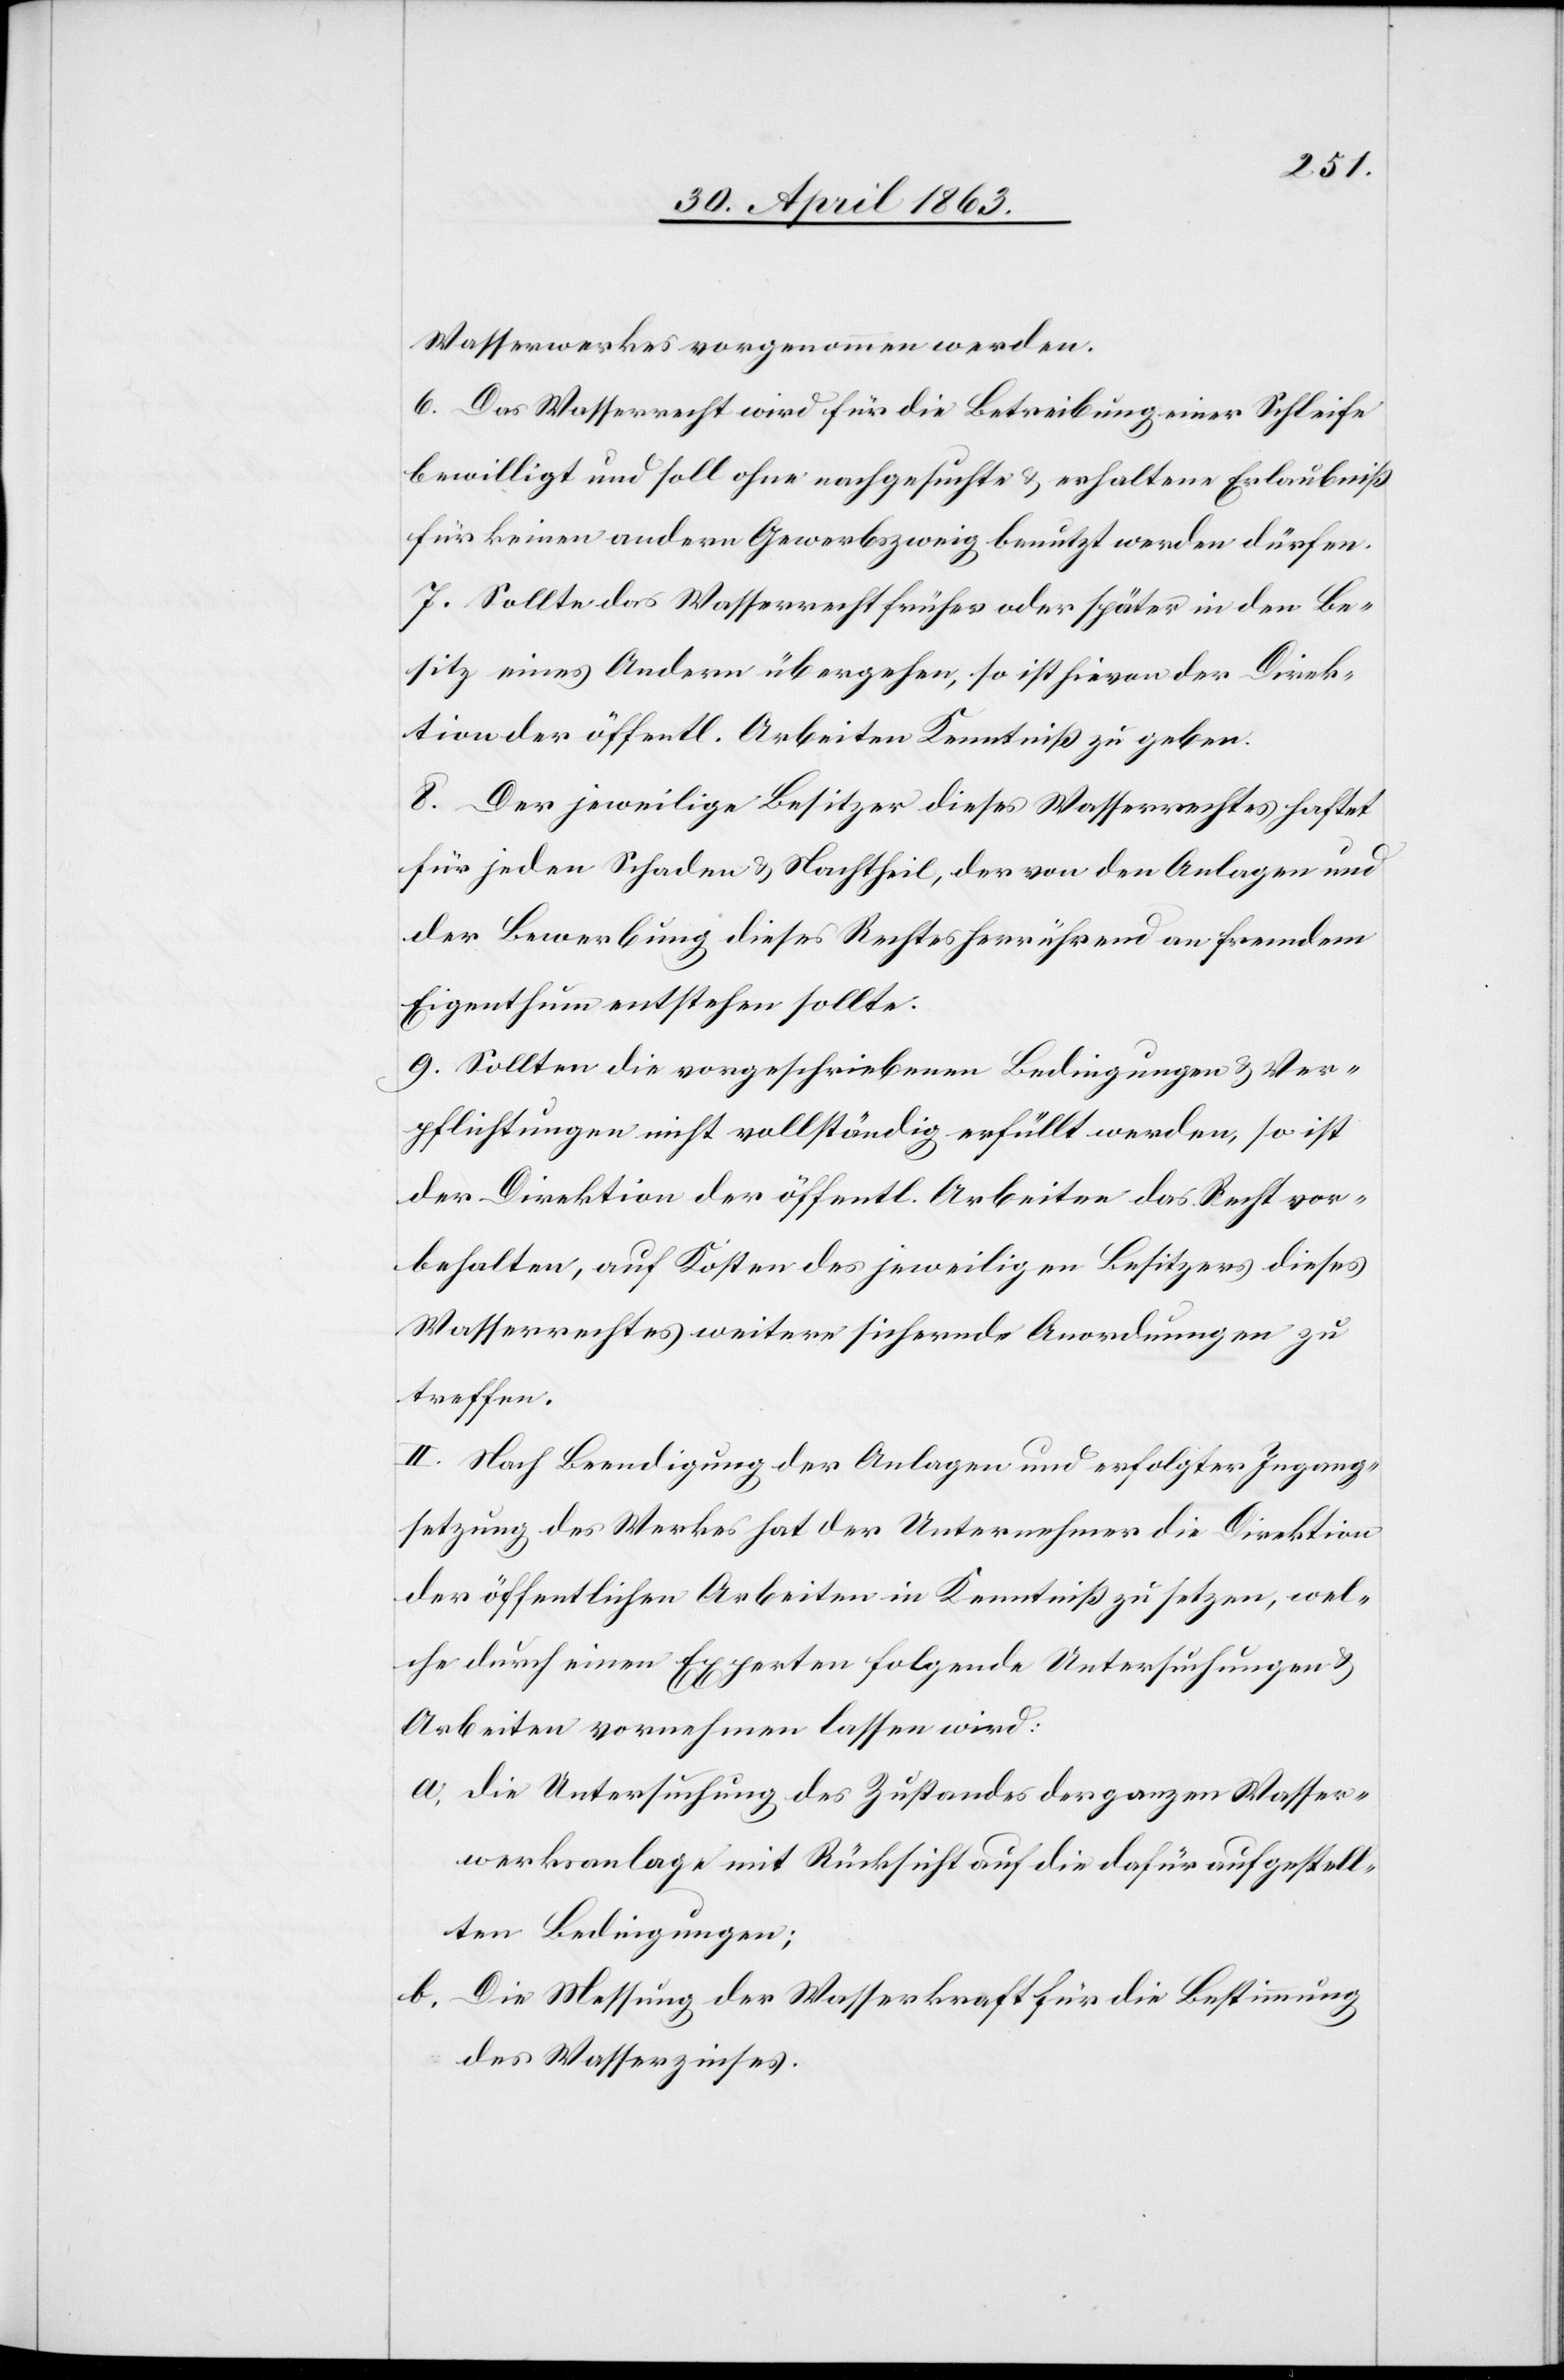
Wasserwerkes vorgenommen werden.
6. Das Wasserrecht wird für die Betreibung einer Schleife
bewilligt und soll ohne nachgesuchte & erhaltene Erlaubniß
für keinen andern Gewerbszweig benutzt werden dürfen.
7. Sollte das Wasserrecht früher oder später in den Be¬
sitz eines Andern übergehen, so ist hievon der Direk¬
tion der öffentl. Arbeiten Kenntniß zu geben.
8. Der jeweilige Besitzer dieses Wasserrechtes haftet
für jeden Schaden & Nachtheil, der von den Anlagen und
der Bewerbung dieses Rechtes herrührend an fremdem
Eigenthum entstehen sollte.
9. Sollten die vorgeschriebenen Bedingungen & Ver¬
pflichtungen nicht vollständig erfüllt werden, so ist
der Direktion der öffentl. Arbeiten das Recht vor¬
behalten, auf Kosten des jeweiligen Besitzers dieses
Wasserrechtes weitere sichernde Anordnungen zu
treffen.
II. Nach Beendigung der Analgen und erfolgter Ingang¬
setzung des Werkes hat der Unternehmer die Direktion
der öffentlichen Arbeiten in Kenntniß zu setzen, wel¬
che durch einen Experten folgende Untersuchungen &
Arbeiten vornehmen lassen wird:
a. Die Untersuchung des Zustandes der ganzen Wasser¬
werksanlage mit Rücksicht auf die dafür aufgestell¬
ten Bedingungen;
b.
Die Messung der Wasserkraft für die Bestimmung
des Wasserzinses.